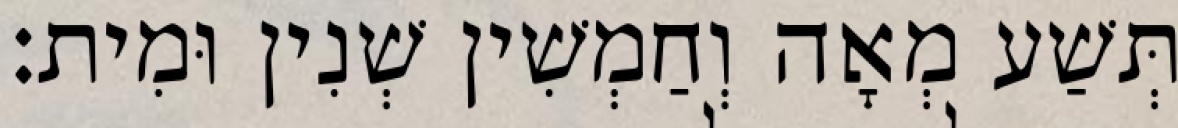
תְּשַׁע מְאָה וְחַמְשִׁין שְׁנִין וּמִית׃